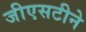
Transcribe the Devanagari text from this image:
जीएसटीने